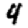
Digit: 4